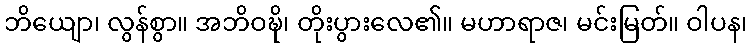
ဘိယျော၊ လွန်စွာ။ အဘိဝဍ္ဎိ၊ တိုးပွားလေ၏။ မဟာရာဇ၊ မင်းမြတ်။ ဝါပန၊